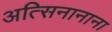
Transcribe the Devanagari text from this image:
अत्सिनानाना